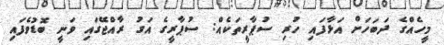
މީހެއްގެ ދަބަހަށް އަޅާފައި ހުރި ސުޕާރީތަކެއް: ސުޕާރީގެ އަގު ރާއްޖޭގައި ވަނީ ބޮޑުވެފައި